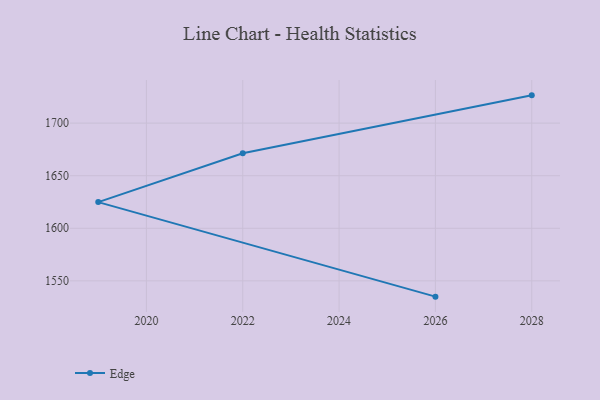
{"axis": {"x": "Year", "y": "Headcount"}, "legend": ["Edge"], "data": [{"x": "2026", "y": 1535.0, "type": "Edge"}, {"x": "2019", "y": 1624.9, "type": "Edge"}, {"x": "2022", "y": 1671.4, "type": "Edge"}, {"x": "2028", "y": 1726.4, "type": "Edge"}]}